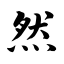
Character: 然